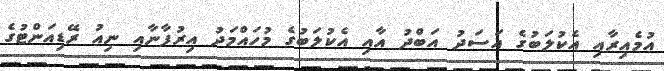
އުމެއިރާއި އެކުލަބުގެ އަސަދު އަބްދު އާއި އެކުލަބުގެ މުހައްމަދު އިރުފާނާއި ނިއު ރޭޑިއަންޓުގެ